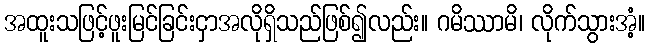
အထူးသဖြင့်ဖူးမြင်ခြင်းငှာအလိုရှိသည်ဖြစ်၍လည်း။ ဂမိဿာမိ၊ လိုက်သွားအံ့။